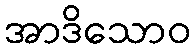
အာဒိသောဝ